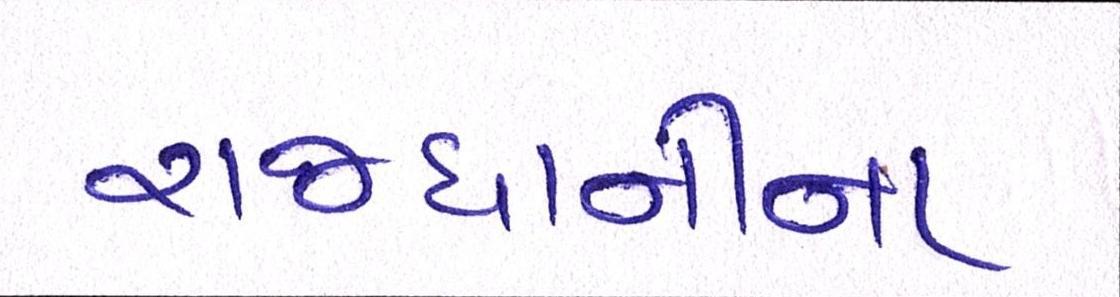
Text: રાજધાનીના